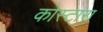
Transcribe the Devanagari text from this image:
कोस्‍टारा